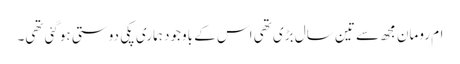
ام رومان مجھ سے تین سال بڑی تھی اس کے باوجود ہماری پکی دوستی ہوگئی تھی۔